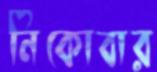
নিকোবার